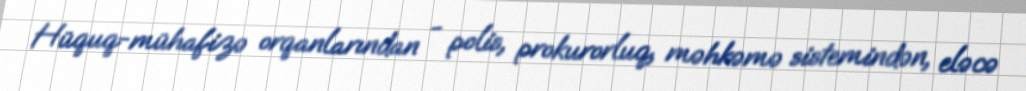
Hüquq-mühafizə orqanlarından - polis, prokurorluq, məhkəmə sistemindən, eləcə